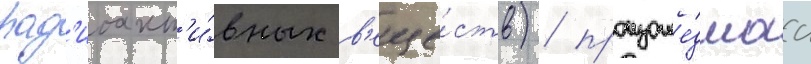
рад'иоакт'и́вных в'еще́ств) / произоше́дшаа